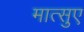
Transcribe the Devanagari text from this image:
मात्सुए